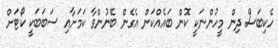
ހެކިބަސް ދިން މީހުންނަކީ ކޮން ބައެއްކަން އެގެން ބޭނުންވާ ކަމަށާއި ސަބަބަކީ ކޯޓަށް